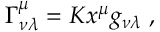
\Gamma _ { \nu \lambda } ^ { \mu } = K x ^ { \mu } g _ { \nu \lambda } \; ,